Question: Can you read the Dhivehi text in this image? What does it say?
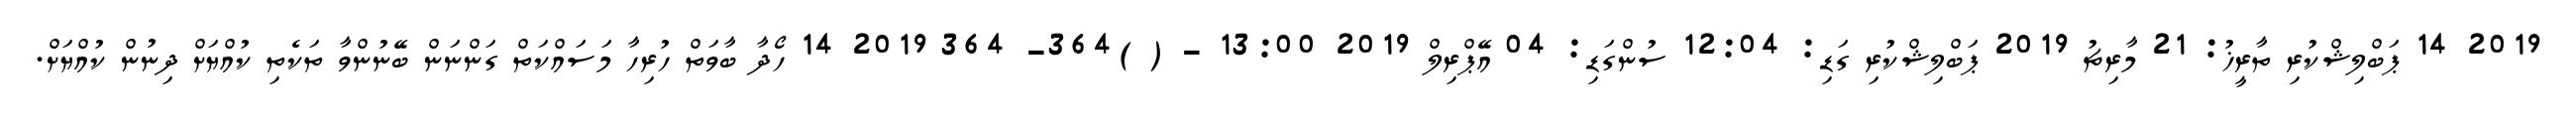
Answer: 2019 14 ޕަބްލިޝްކުރި ތާރީޚު: 21 މާރިޗު 2019 ޕަބްލިޝްކުރި ގަޑި: 12:04 ސުންގަޑި: 04 އޭޕްރިލް 2019 13:00 - ( )364- 364 2019 14 ހޯދާ ބާވަތް ހުރިހާ މަސައްކަތް ގަންނަން ބޭނުންވާ ތަކެތި ކުއްޔަށް ދިނުން ކުއްޔަށް.